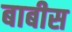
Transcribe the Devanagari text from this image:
बाबीस